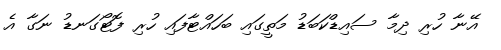
އޭނާ ހުރި ދިމާ ސައިޑްކަބަޑު މަތީގައި ބަހައްޓާފައި ހުރި ފޮޓޯގަނޑު ނަގާ އެ